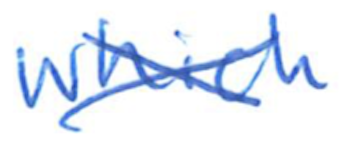
Text: which
Cross-out: cross
Writing tool: ballpoint